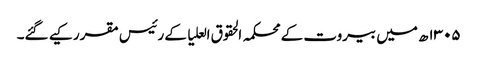
۱۳۰۵ھ میں بیروت کے محکمہ الحقوق العلیا کے رئیس مقرر کیے گئے۔